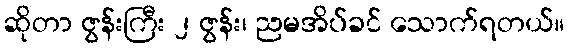
ဆိုတာ ဇွန်းကြီး ၂ ဇွန်း၊ ညမအိပ်ခင် သောက်ရတယ်။